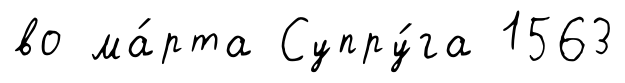
во ма́рта Супру́га 1563